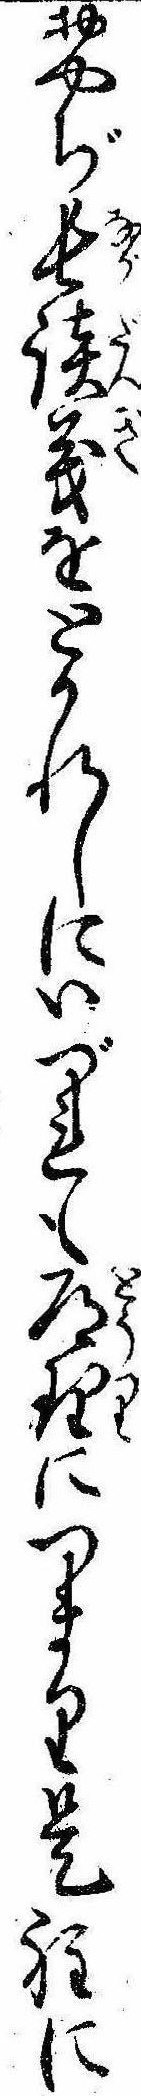
おやぢ長談義をとかれしにいづれも道理につまり是程に